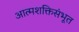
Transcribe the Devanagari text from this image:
आत्मशक्तिसंभूत